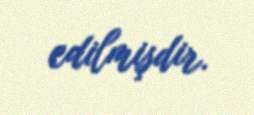
edilmişdir.